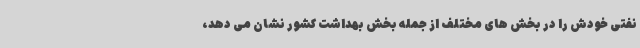
نفتی خودش را در بخش های مختلف از جمله بخش بهداشت کشور نشان می دهد،